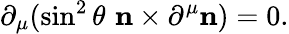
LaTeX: \partial_{\mu}(\sin^{2}\theta\, \, {\mathbf n}\times\partial^{\mu}{\mathbf n})=0.